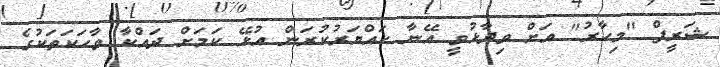
ޝަރީފް "މިހާރު" އަށް ވިދާޅުވީ އޭނާ ހައްޔަރުކުރަން އުޅޭ ކަމަށް ދައްކާ ވާހަކަތަކުގެ